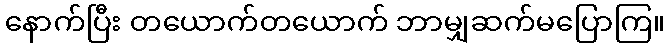
နောက်ပြီး တယောက်တယောက် ဘာမျှဆက်မပြောကြ။